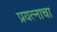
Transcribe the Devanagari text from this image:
प्रयत्‍नाचा